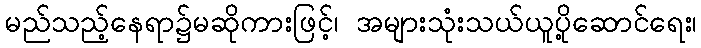
မည်သည့်နေရာ၌မဆိုကားဖြင့်၊ အများသုံးသယ်ယူပို့ဆောင်ရေး၊